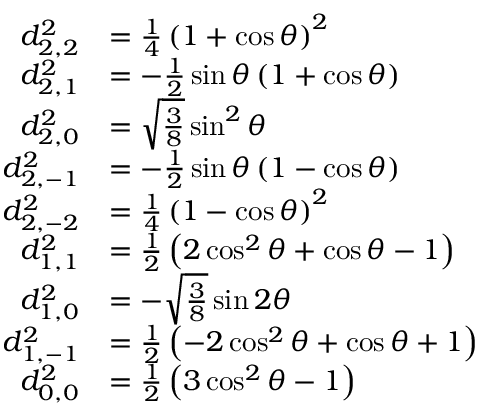
{ \begin{array} { r l } { d _ { 2 , 2 } ^ { 2 } } & { = { \frac { 1 } { 4 } } \left( 1 + \cos \theta \right) ^ { 2 } } \\ { d _ { 2 , 1 } ^ { 2 } } & { = - { \frac { 1 } { 2 } } \sin \theta \left( 1 + \cos \theta \right) } \\ { d _ { 2 , 0 } ^ { 2 } } & { = { \sqrt { \frac { 3 } { 8 } } } \sin ^ { 2 } \theta } \\ { d _ { 2 , - 1 } ^ { 2 } } & { = - { \frac { 1 } { 2 } } \sin \theta \left( 1 - \cos \theta \right) } \\ { d _ { 2 , - 2 } ^ { 2 } } & { = { \frac { 1 } { 4 } } \left( 1 - \cos \theta \right) ^ { 2 } } \\ { d _ { 1 , 1 } ^ { 2 } } & { = { \frac { 1 } { 2 } } \left( 2 \cos ^ { 2 } \theta + \cos \theta - 1 \right) } \\ { d _ { 1 , 0 } ^ { 2 } } & { = - { \sqrt { \frac { 3 } { 8 } } } \sin 2 \theta } \\ { d _ { 1 , - 1 } ^ { 2 } } & { = { \frac { 1 } { 2 } } \left( - 2 \cos ^ { 2 } \theta + \cos \theta + 1 \right) } \\ { d _ { 0 , 0 } ^ { 2 } } & { = { \frac { 1 } { 2 } } \left( 3 \cos ^ { 2 } \theta - 1 \right) } \end{array} }